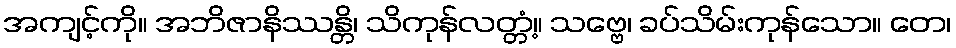
အကျင့်ကို။ အဘိဇာနိဿန္တိ၊ သိကုန်လတ္တံ့။ သဗ္ဗေ၊ ခပ်သိမ်းကုန်သော။ တေ၊